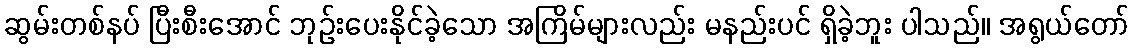
ဆွမ်းတစ်နပ် ပြီးစီးအောင် ဘုဉ်းပေးနိုင်ခဲ့သော အကြိမ်များလည်း မနည်းပင် ရှိခဲ့ဘူး ပါသည်။ အရွယ်တော်